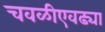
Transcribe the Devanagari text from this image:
चवळीएवढ्या